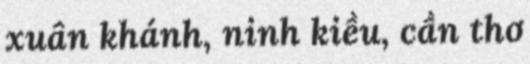
xuân khánh, ninh kiều, cần thơ